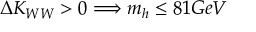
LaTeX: \Delta K _ { W W } > 0 \Longrightarrow m _ { h } \leq 8 1 G e V